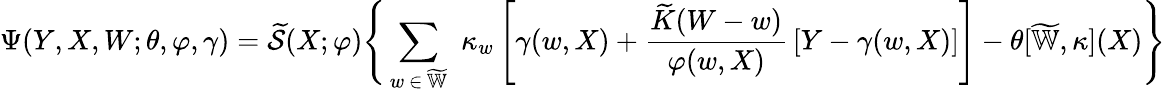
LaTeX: \Psi(Y,X,W;\theta,\varphi,\gamma)=\widetilde{\mathcal{S}}(X;\varphi)\Bigg\{ \sum_{w\, \in\, \widetilde{\mathbb{W}}}\, \, \kappa_{w}\, \Bigg[\gamma(w,X)+\frac{\widetilde{K}(W-w)}{\varphi(w,X)}\, [Y-\gamma(w,X)]\Bigg]-\theta[\widetilde{\mathbb{W}},\kappa](X)\Bigg\}